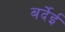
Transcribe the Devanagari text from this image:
बर्देई